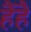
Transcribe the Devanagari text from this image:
हैंहै